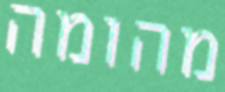
מהומה